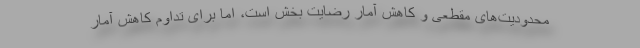
محدودیت‌های مقطعی و کاهش آمار رضایت بخش است، اما برای تداوم کاهش آمار